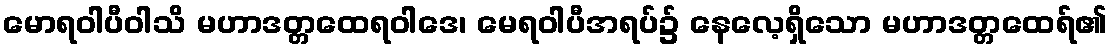
မောရဝါပီဝါသိ မဟာဒတ္တထေရဝါဒေ၊ မေရဝါပီအရပ်၌ နေလေ့ရှိသော မဟာဒတ္တထေရ်၏